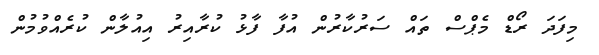
މިފަދަ ރޯޑް މެޕްސް ތައް ސަރުކާރުން އުފާ ފާޅު ކުރާއިރު އިއުލާން ކުރެއްވުމުން